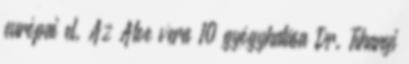
európai el. Az Aloe vera 10 gyógyhatása Dr. Tihanyi